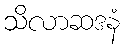
သိလာဆဒနံ